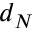
d _ { N }